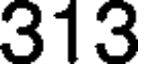
313